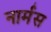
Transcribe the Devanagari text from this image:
नार्मस